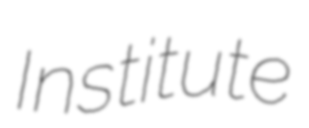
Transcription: Institute